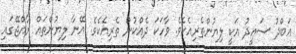
ޢަބްދު ސަޢީދު އަކީ ލިޔުންތެރިއެކެވެ. ވާހަކަ ދެއްކުން ތެރިއެކެވެ. އޭނާ ލިޔުންތައް ރާއްޖޭގައި